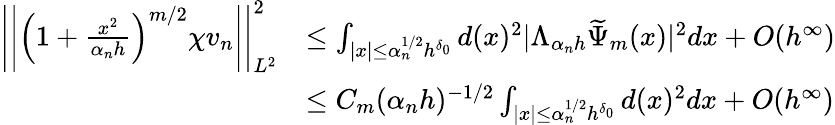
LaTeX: \begin{array}{rl}{\left|\left|\left(1+\frac{x^{2}}{\alpha_{n}h}\right)^{m/2}\chi v_{n}\right|\right|_{L^{2}}^{2}}&{\leq\int_{|x|\leq\alpha_{n}^{1/2}h^{\delta_{0}}}d(x)^{2}|\Lambda_{\alpha_{n}h}\widetilde{\Psi}_{m}(x)|^{2}dx+O(h^{\infty})}\\ &{\leq C_{m}(\alpha_{n}h)^{-1/2}\int_{|x|\leq\alpha_{n}^{1/2}h^{\delta_{0}}}d(x)^{2}dx+O(h^{\infty})}\end{array}